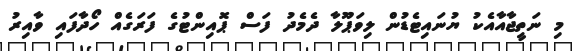
މި ނަތީޖާއާއެކު ޔުނައިޓެޑުން ލިވަޕޫލާ ދެމެދު ފަސް ޕޮއިންޓުގެ ފަރަގެއް ހޯދާފައި ވާއިރު